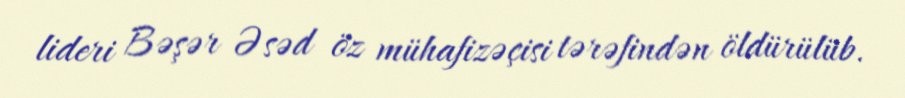
lideri Bəşər Əsəd öz mühafizəçisi tərəfindən öldürülüb.